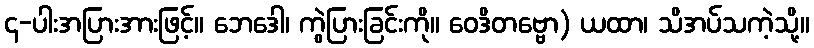
၄-ပါးအပြားအားဖြင့်။ ဘေဒေါ၊ ကွဲပြားခြင်းကို။ ဝေဒိတဗ္ဗော) ယထာ၊ သိအပ်သကဲ့သို့။